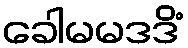
ခေါမမဒဒိံ